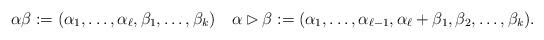
LaTeX: \begin{align*}\alpha\beta:=(\alpha_1,\ldots,\alpha_\ell,\beta_1,\ldots,\beta_k) \quad\alpha\rhd\beta := (\alpha_1,\ldots,\alpha_{\ell-1},\alpha_\ell+\beta_1,\beta_2,\ldots,\beta_k).\end{align*}